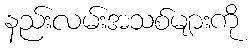
နည်းလမ်းအသစ်များကို